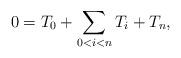
LaTeX: \begin{align*}0 = T_0 + \sum_{0 < i < n} T_i + T_n, \end{align*}